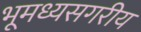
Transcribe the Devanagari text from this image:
भूमध्यसगरीय